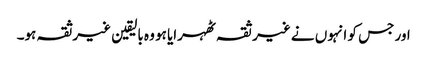
اور جس کو انہوں نے غیر ثقہ ٹھہرایا ہو وہ بالیقین غیرثقہ ہو۔